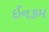
ઈનકમ